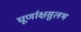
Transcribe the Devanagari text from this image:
घूर्णाक्षसुलभ